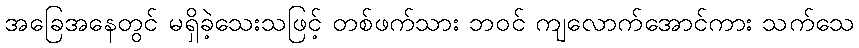
အခြေအနေတွင် မရှိခဲ့သေးသဖြင့် တစ်ဖက်သား ဘဝင် ကျလောက်အောင်ကား သက်သေ